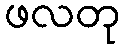
ဖလတု